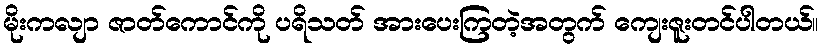
မိုးကလျာ ဇာတ်ကောင်ကို ပရိသတ် အားပေးကြတဲ့အတွက် ကျေးဇူးတင်ပါတယ်။